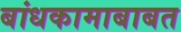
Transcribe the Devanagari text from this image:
बांधकामाबाबत